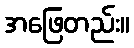
အဖြေတည်း။